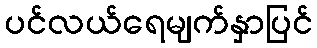
ပင်လယ်ရေမျက်နှာပြင်